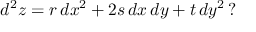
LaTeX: d ^ { 2 } z = r \, d x ^ { 2 } + 2 s \, d x \, d y + t \, d y ^ { 2 } \, ?